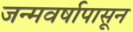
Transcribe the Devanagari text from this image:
जन्मवर्षापासून